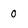
Character: 0